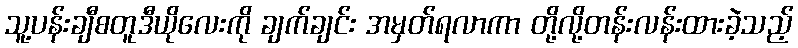
သူ့ပန်းချီစတူဒီယိုလေးကို ချက်ချင်း အမှတ်ရလာကာ တို့လို့တန်းလန်းထားခဲ့သည့်